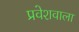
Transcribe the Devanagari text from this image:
प्रवेशवाला